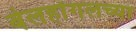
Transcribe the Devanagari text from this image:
बेलहोंगलच्या